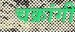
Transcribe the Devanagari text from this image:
चक्रांगी